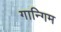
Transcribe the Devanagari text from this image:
गान्गिम